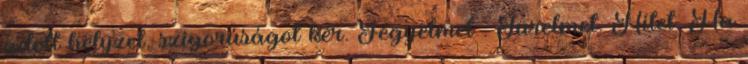
adott helyzet, szigorúságot kér. Fegyelmet . Türelmet. Hitet. Ha